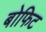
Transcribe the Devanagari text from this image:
बोफिट